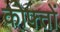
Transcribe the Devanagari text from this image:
कोफ्तों